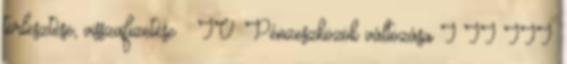
törlesztése, visszafizetése – IV. Pénzeszközök változása I II III.